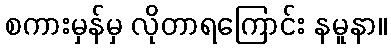
စကားမှန်မှ လိုတာရကြောင်း နမူနာ။